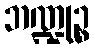
ဘဏ္ဍုဉ္စ